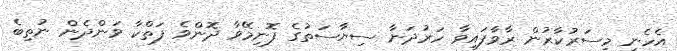
އެހެނީ މިސަރުކާރުން ރާވާފައިވާ ހަރުދަނާ ސިޔާސަތުގެ ފޮނިމޭވާ ދޮންވެ ފަތްކާ ވަންދެން ނުތިބެ